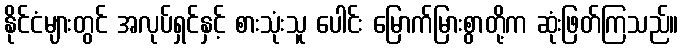
နိုင်ငံများတွင် အလုပ်ရှင်နှင့် စားသုံးသူ ပေါင်း မြောက်မြားစွာတို့က ဆုံးဖြတ်ကြသည်။